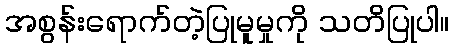
အစွန်းရောက်တဲ့ပြုမူမှုကို သတိပြုပါ။